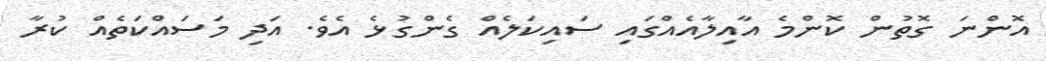
އޮންނަ ގޮތުން ކޮންމެ އާއިލާއެއްގައި ސައިކަލެއް ގެންގުޅެ އެވެ. އަދި މަސައްކަތެއް ކުރާ